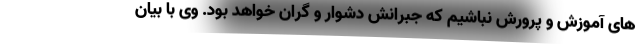
های آموزش و پرورش نباشیم که جبرانش دشوار و گران خواهد بود. وی با بیان